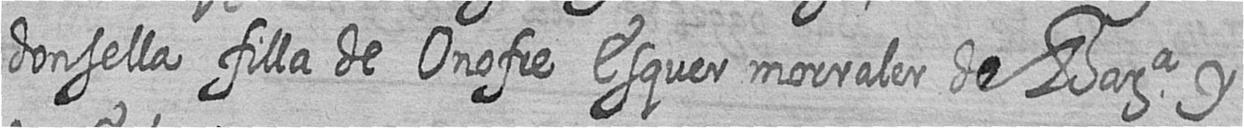
donsella filla de Onofre Esquer morraler de Bara y